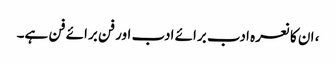
، ان کا نعرہ ادب برائے ادب اور فن برائے فن ہے۔